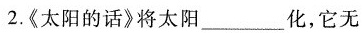
2.《太阳的话》将太阳___化，它无